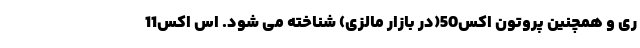
رِی و همچنین پروتون اکس50(در بازار مالزی) شناخته می شود. اس اکس11